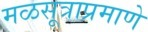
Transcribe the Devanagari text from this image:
मळसूत्राप्रमाणे